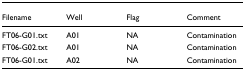
<table><thead><tr><td><b>Filename</b></td><td><b>Well</b></td><td><b>Flag</b></td><td><b>Comment</b></td></tr></thead><tbody><tr><td>FT06-G01.txt</td><td>A01</td><td>NA</td><td>Contamination</td></tr><tr><td>FT06-G02.txt</td><td>A01</td><td>NA</td><td>Contamination</td></tr><tr><td>FT06-G01.txt</td><td>A02</td><td>NA</td><td>Contamination</td></tr></tbody></table>